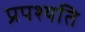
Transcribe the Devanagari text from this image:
प्रपश्यति